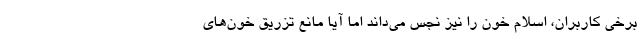
برخی کاربران، اسلام خون را نیز نجس می‌داند اما آیا مانع تزریق خون‌های